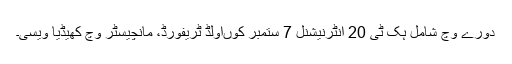
دورے وچ شامل ہک ٹی 20 انٹرنیشنل 7 ستمبر کوںاولڈ ٹریفورڈ، مانچیسٹر وچ کھیڈیا ویسی۔